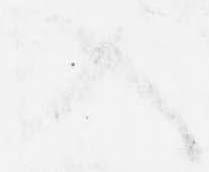
入